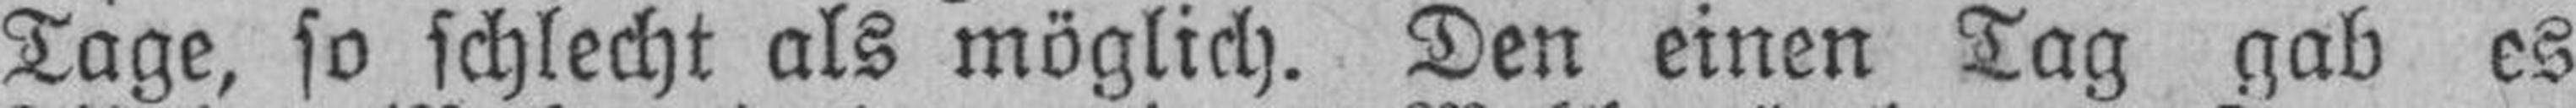
Tage, so schlecht als möglich. Den einen Tag gab es